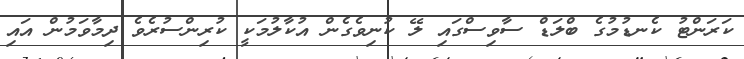
ކަރަންޓު ކެނޑުމުގެ ބްލަޑް ސާވިސްގައި ލޭ ކުނިވެގެން އުކާލުމަކީ ކުރިންސުރެވެ ދިމާވަމުން އައި